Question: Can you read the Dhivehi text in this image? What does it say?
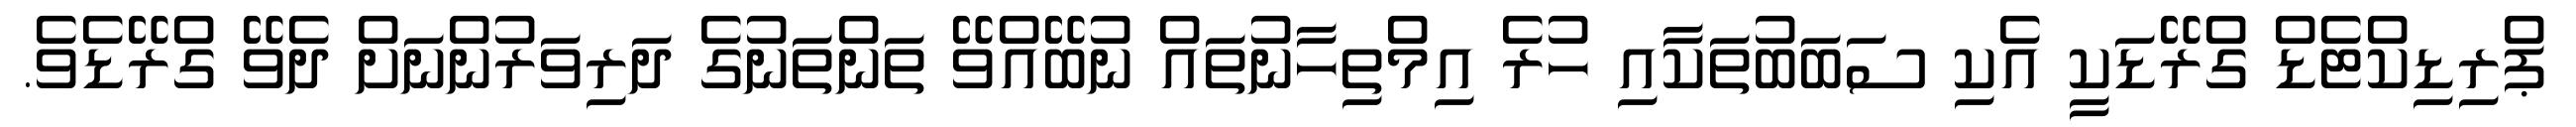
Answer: ޕްރިޑިކްޓެޑް ގްރޭޑަކީ އެކި ސަބަބުތަކާއި ހުރެ އިމްތިހާނުތައް ނުބޭއްވޭ ތަންތަނުގެ ދަރިވަރުންނަށް ދެވޭ ގްރޭޑެވެ.